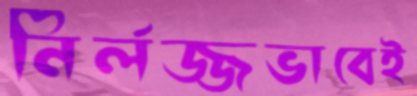
নির্লজ্জভাবেই